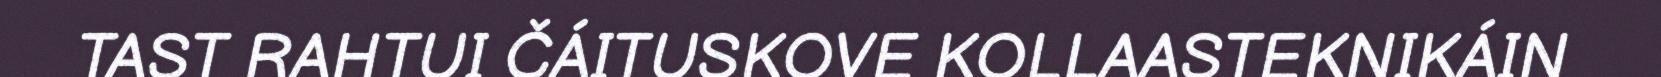
TAST RAHTUI ČÁITUSKOVE KOLLAASTEKNIKÁIN